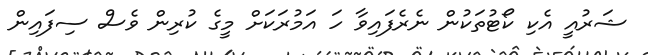
ޝަރުއީ އެކި ކޯޓުތަކުން ނެރެފައިވާ ހަ އަމުރަކަށް މީގެ ކުރިން ވެސް ސިފައިން